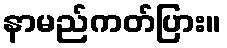
နာမည်ကတ်ပြား။